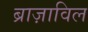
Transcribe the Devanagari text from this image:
ब्राज़ाविल